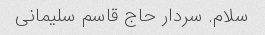
سلام. سردار حاج قاسم سلیمانی